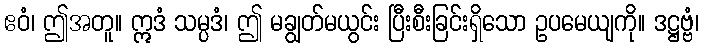
ဧဝံ၊ ဤအတူ။ ဣဒံ သမ္ပဒံ၊ ဤ မချွတ်မယွင်း ပြီးစီးခြင်းရှိသော ဥပမေယျကို။ ဒဋ္ဌဗ္ဗံ၊